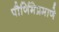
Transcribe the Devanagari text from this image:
पौर्णिमेप्रमाणे